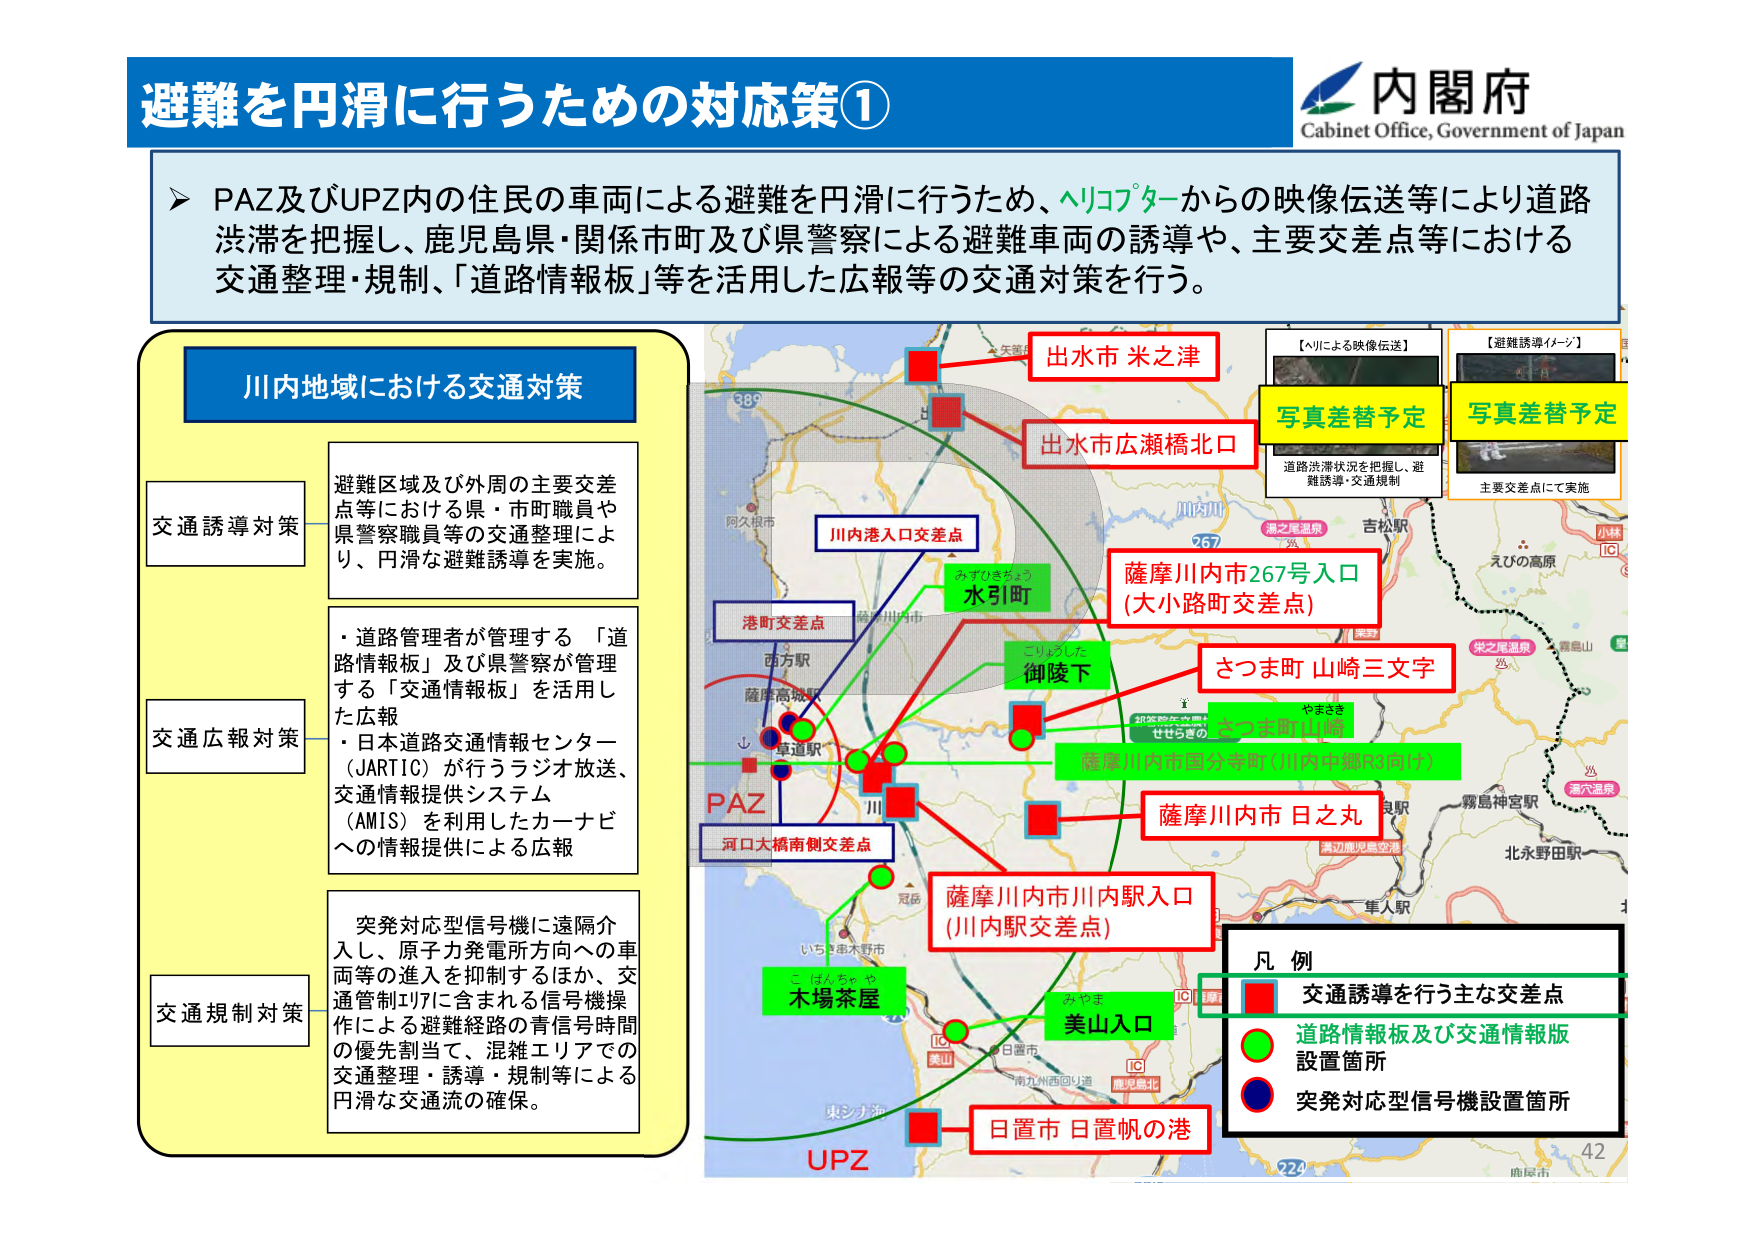
避難を円滑に行うための対応策①
内閣府
Cabinet Office, Government of Japan

➤ PAZ及びUPZ内の住民の車両による避難を円滑に行うため、ヘリコプターからの映像伝送等により道路渋滞を把握し、鹿児島県・関係市町及び県警察による避難車両の誘導や、主要交差点等における交通整理・規制、「道路情報板」等を活用した広報等の交通対策を行う。

川内地域における交通対策

交通誘導対策
避難区域及び外周の主要交差点等における県・市町職員や県警察職員等の交通整理により、円滑な避難誘導を実施。

交通広報対策
・道路管理者が管理する「道路情報板」及び県警察が管理する「交通情報板」を活用した広報
・日本道路交通情報センター（JARTIC）が行うラジオ放送、交通情報提供システム（AMIS）を利用したカーナビへの情報提供による広報

交通規制対策
突発対応型信号機に遠隔介入し、原子力発電所方向への車両等の進入を抑制するほか、交通管制エリアに含まれる信号機操作による避難経路の青信号時間の優先割当て、混雑エリアでの交通整理・誘導・規制等による円滑な交通流の確保。

【ヘリによる映像伝送】
写真差替予定
道路渋滞状況を把握し、避難誘導・交通規制

【避難誘導イメージ】
写真差替予定
主要交差点にて実施

出水市 米之津
出水市広瀬橋北口
川内港入口交差点
港町交差点
水引町
御陵下
薩摩川内市267号入口（大小路町交差点）
さつま町 山崎三文字
薩摩川内市四分寺町（川内中郷役場付）
薩摩川内市 日之丸
薩摩川内市川内駅入口（川内駅交差点）
木場茶屋
美山入口
日置市 日置帆の港
PAZ
河口大橋南側交差点
UPZ

凡例
■ 交通誘導を行う主な交差点
● 道路情報板及び交通情報板設置箇所
● 突発対応型信号機設置箇所

42